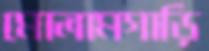
মোলামগাড়ি